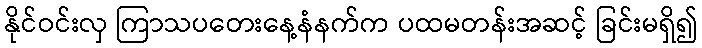
နိုင်ဝင်းလှ ကြာသပတေးနေ့နံနက်က ပထမတန်းအဆင့် ခြင်းမရှိ၍